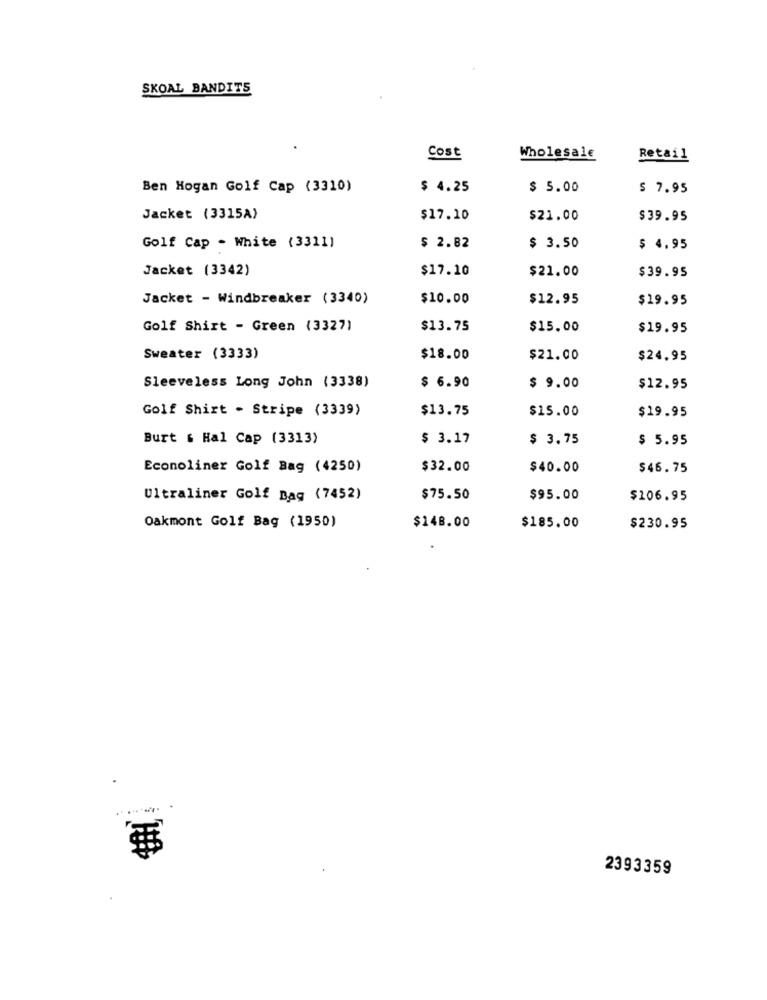
SKOAL BANDITS
Cost
Wholesale
Retail
Ben Hogan Golf Cap (3310)
$ 4.25
$ 5.00
$ 7.95
Jacket (3315A)
$17.10
$21.00
$39.95
Golf Cap - White (3311)
$ 2.82
$ 3.50
$ 4.95
Jacket (3342)
$17.10
$21.00
$39.95
Jacket - Windbreaker (3340)
$10.00
$12.95
$19.95
Golf Shirt - Green (3327)
$13.75
$15.00
$19.95
Sweater (3333)
$18.00
$21.00
$24.95
Sleeveless Long John (3338)
$ 6.90
$ 9.00
$12.95
Golf Shirt - Stripe (3339)
$13.75
$15.00
$19.95
Burt & Hal Cap (3313)
$ 3.17
$ 3.75
$ 5.95
Econoliner Golf Bag (4250)
$32.00
$40.00
$46.75
Ultraliner Golf Bag (7452)
$75.50
$95.00
$106.95
$148.00
Oakmont Golf Bag (1950)
$185.00
$230.95
2393359